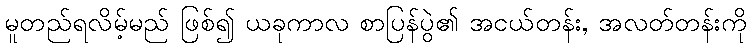
မူတည်ရလိမ့်မည် ဖြစ်၍ ယခုကာလ စာပြန်ပွဲ၏ အငယ်တန်း, အလတ်တန်းကို